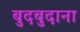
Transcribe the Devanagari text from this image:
बुदबुदाना